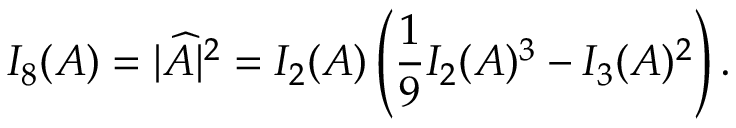
I _ { 8 } ( A ) = | \widehat { A } | ^ { 2 } = I _ { 2 } ( A ) \left( \frac { 1 } { 9 } I _ { 2 } ( A ) ^ { 3 } - I _ { 3 } ( A ) ^ { 2 } \right) .